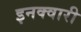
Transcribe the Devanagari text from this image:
इनक्वारी